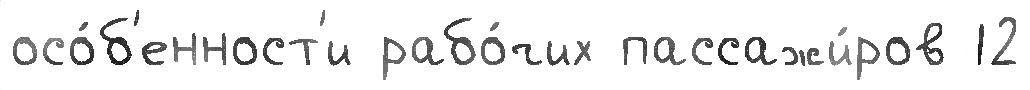
осо́б'енност'и рабо́чих пассажи́ров 12